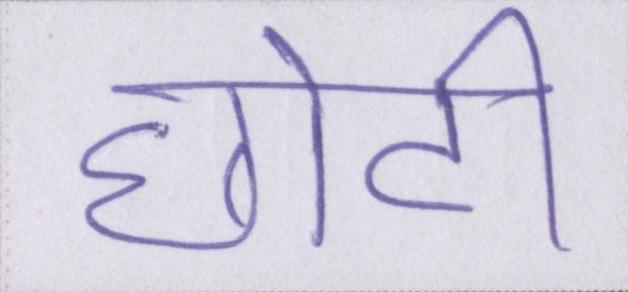
छोटी